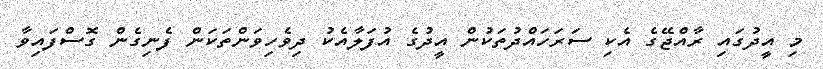
މި އީދުގައި ރާއްޖޭގެ އެކި ސަރަހައްދުތަކުން އީދުގެ އުފަލާއެކު ދިވެެހިވަންތަކަން ފެނިގެން ގޮސްފައިވާ